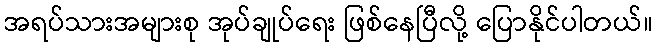
အရပ်သားအများစု အုပ်ချုပ်ရေး ဖြစ်နေပြီလို့ ပြောနိုင်ပါတယ်။